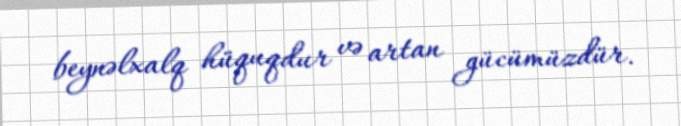
beynəlxalq hüquqdur və artan gücümüzdür.